Civil Veterinary Dept. Bombay admin report 1923-31 - 1923-1931
Year: 1923
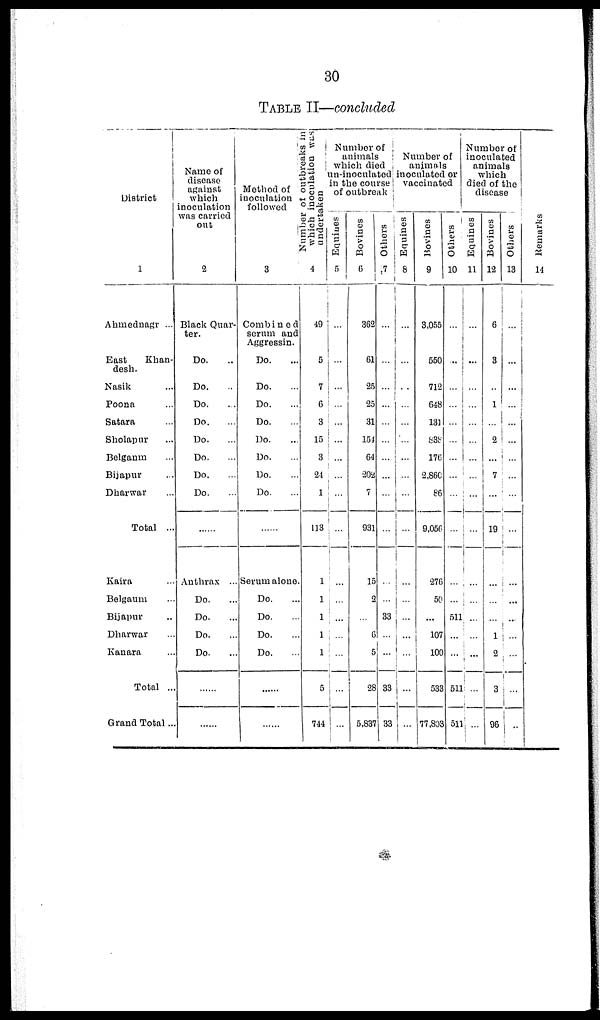
30
TABLE II—concluded
District
1
Ahmednagr ...
East
Khan-
desh.
Nasik ...
Poona ...
Satara ...
Sholapur ...
Belganm ...
Bijapur ...
Dharwar ...
Total ...
Kaira ...
Belgaum ...
Bijapur ...
Dharwar ...
Kanara ...
Total ...
Grand Total...
Name of
disease
against
which
inoculation
was carried
out
2
Black Quar-
ter.
Do. ...
Do. ...
Do. ...
Do. ...
Do. ...
Do. ...
Do. ...
Do. ...
......
Anthrax ..
Do. ...
Do. ...
Do. ...
Do. ...
......
......
Method of
inoculation
followed
3
Combined
serum and
Aggressin.
Do. ...
Do. ...
Do. ...
Do. ...
Do. ...
Do. ...
Do. ...
Do. ....
......
Serum alone
Do. ...
Do. ...
Do. ...
Do. ...
......
......
Number of outbreaks in
which inoculation was
undertaken
4
49
5
7
6
3
15
3
24
1
113
1
1
1
1
1
5
744
Number of
animals
which died
in-inoculated
in the course
of outbreak
Equines
5
...
...
...
...
...
...
...
...
...
...
...
...
...
......
...
...
...
Bovines
6
362
61
25
25
31
154
64
202
7
931
15
2
...
6
5
28
5,837
Others
7
...
...
...
...
...
...
...
...
...
...
...
...
33
...
...
33
33
Number of
animals
inoculated or
vaccinated
Equines
8
...
...
...
...
...
...
...
...
...
...
...
...
...
...
...
...
...
Bovines
9
3,055
550
712
648
131
838
176
2,860
86
9,056
276
50
...
107
100
533
77,803
Others
10
...
...
...
...
...
...
...
...
...
...
...
...
511
...
...
511
51
Number of
inoculated
animals
which
died of the
disease
Equines
11
...
...
...
...
...
...
...
...
...
...
...
...
...
...
...
......
...
Bovines
12
6
3
...
1
...
2
...
7
...
19
...
...
...
1
2
3
96
Others
13
...
...
...
...
...
...
...
...
...
...
...
...
...
...
...
...
...
Remarks
14